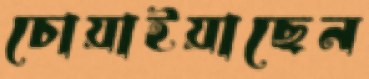
চোয়াইয়াছেন